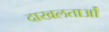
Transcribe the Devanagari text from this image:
दाखलताओं